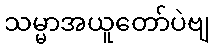
သမ္မာအယူတော်ပဲဗျ